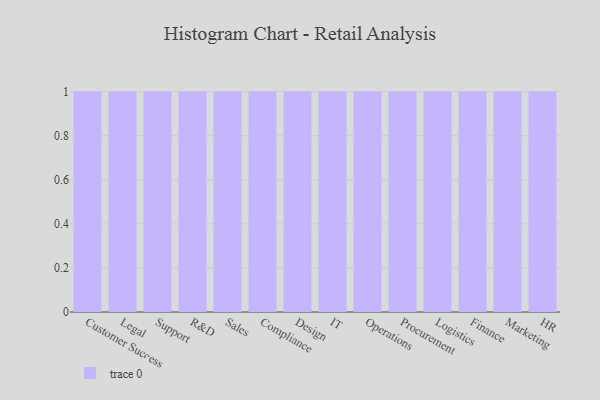
{"axis": {"x": "Department", "y": "Energy Usage (MWh)"}, "legend": [""], "data": [{"x": "Customer Success", "y": 98, "type": ""}, {"x": "Legal", "y": 85, "type": ""}, {"x": "Support", "y": 2, "type": ""}, {"x": "R&D", "y": 49, "type": ""}, {"x": "Sales", "y": 98, "type": ""}, {"x": "Compliance", "y": 96, "type": ""}, {"x": "Design", "y": 15, "type": ""}, {"x": "IT", "y": 94, "type": ""}, {"x": "Operations", "y": 18, "type": ""}, {"x": "Procurement", "y": 88, "type": ""}, {"x": "Logistics", "y": 49, "type": ""}, {"x": "Finance", "y": 33, "type": ""}, {"x": "Marketing", "y": 87, "type": ""}, {"x": "HR", "y": 2, "type": ""}]}